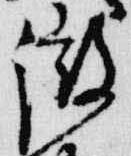
微